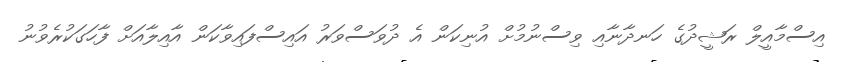
އިސްމާއީލް ރަޝީދުގެ ހަނދާނާއި ވިސްނުމުށް އުނިކަން އެ ދުވަސްވަރު އައިސްފައިވާކަން އާއިލާއަށް ފާހަގަކުރެވުނު